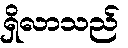
ရှိလာသည်